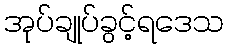
အုပ်ချုပ်ခွင့်ရဒေသ